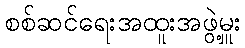
စစ်ဆင်ရေးအထူးအဖွဲ့မှူး